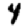
Digit: 4